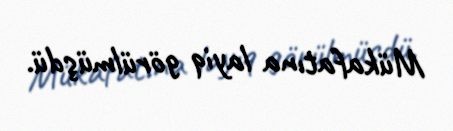
Mükafatına layiq görülmüşdü.